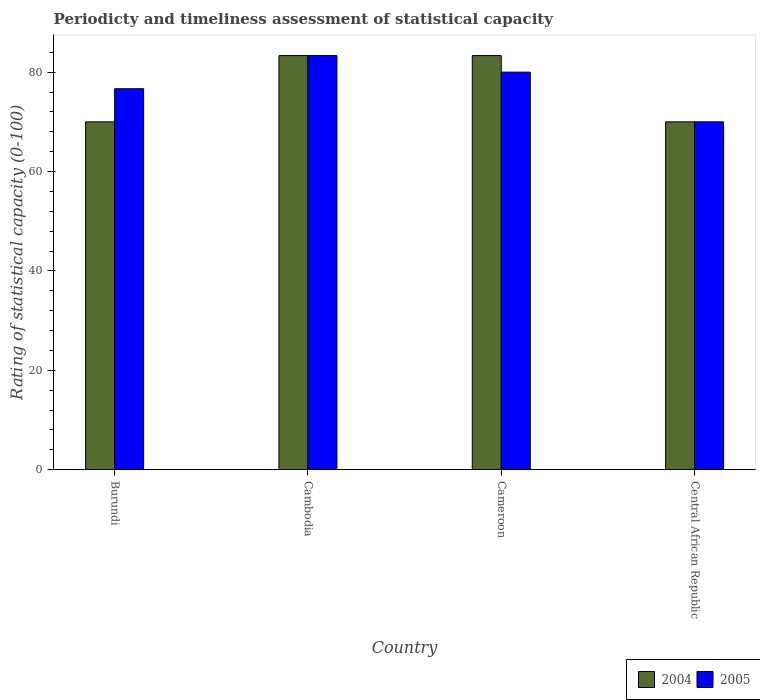
| Country | 2004 | 2005 |
 | --- | --- | --- |
 | Burundi | 70 | 76.7 |
 | Cambodia | 83.3 | 83.3 |
 | Cameroon | 83.3 | 80 |
 | Central African Republic | 70 | 70 |